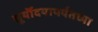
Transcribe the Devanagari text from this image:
सूर्यॊदयापर्यंतच्या